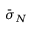
\bar { \boldsymbol { \sigma } } _ { N }